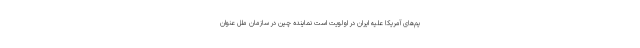
یم‌های آمریکا علیه ایران در اولویت است نماینده چین در سازمان ملل عنوان